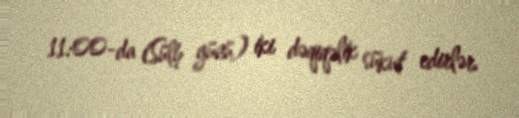
11:00-da (Sülh günü) iki dəqiqəlik sükut edirlər.